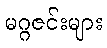
မဂ္ဂဇင်းများ